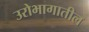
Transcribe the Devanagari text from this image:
उरोभागातील